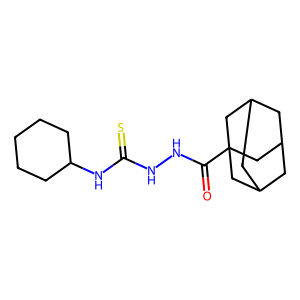
SMILES: O=C(NNC(=S)NC1CCCCC1)C12CC3CC(CC(C3)C1)C2
Inhibits HIV replication: No